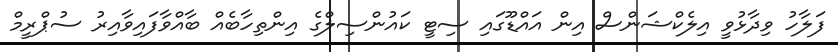
ފަލާހު ވިދާޅުވީ އިލެކްޝަންސް އިން އައްޑޫގައި ސިޓީ ކައުންސިލްގެ އިންތިހާބެއް ބާއްވާފައިވާއިރު ސުޕްރީމް